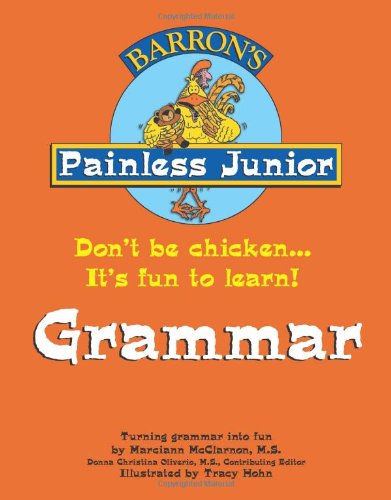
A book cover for Painless Junior: Grammar (Painless Junior Series); Marciann McClarnon  M.S.; Reference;